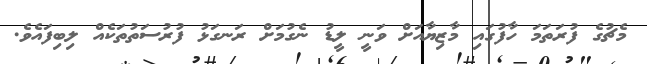
މެޗުގެ ފުރަތަމަ ހާފުގައި މާޒިޔާއަށް ވަނީ ލީޑު ނެގުމަށް ރަނގަޅު ފުރުސަތުތަކެއް ލިބިފައެވެ.